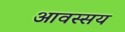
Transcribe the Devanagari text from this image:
आवस्सय